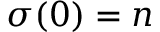
\sigma ( 0 ) = n